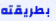
بطريقته